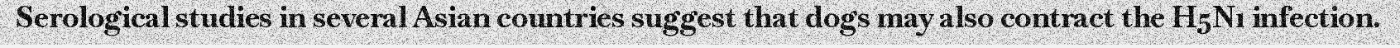
Serological studies in several Asian countries suggest that dogs may also contract the H5N1 infection.